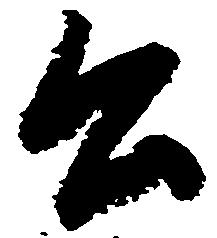
公